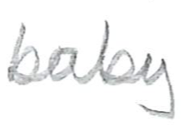
Text: baby
Cross-out: clean
Writing tool: pencil